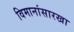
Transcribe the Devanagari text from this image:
विमानांसारखा